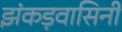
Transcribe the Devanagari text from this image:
झंकड़वासिनी